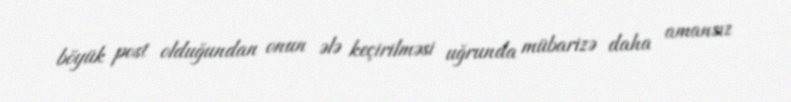
böyük post olduğundan onun ələ keçirilməsi uğrunda mübarizə daha amansız